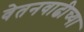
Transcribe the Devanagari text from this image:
वेतनवाढीच्या